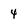
Character: 4